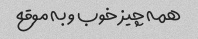
همه چیز خوب و به موقع